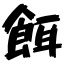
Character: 餌